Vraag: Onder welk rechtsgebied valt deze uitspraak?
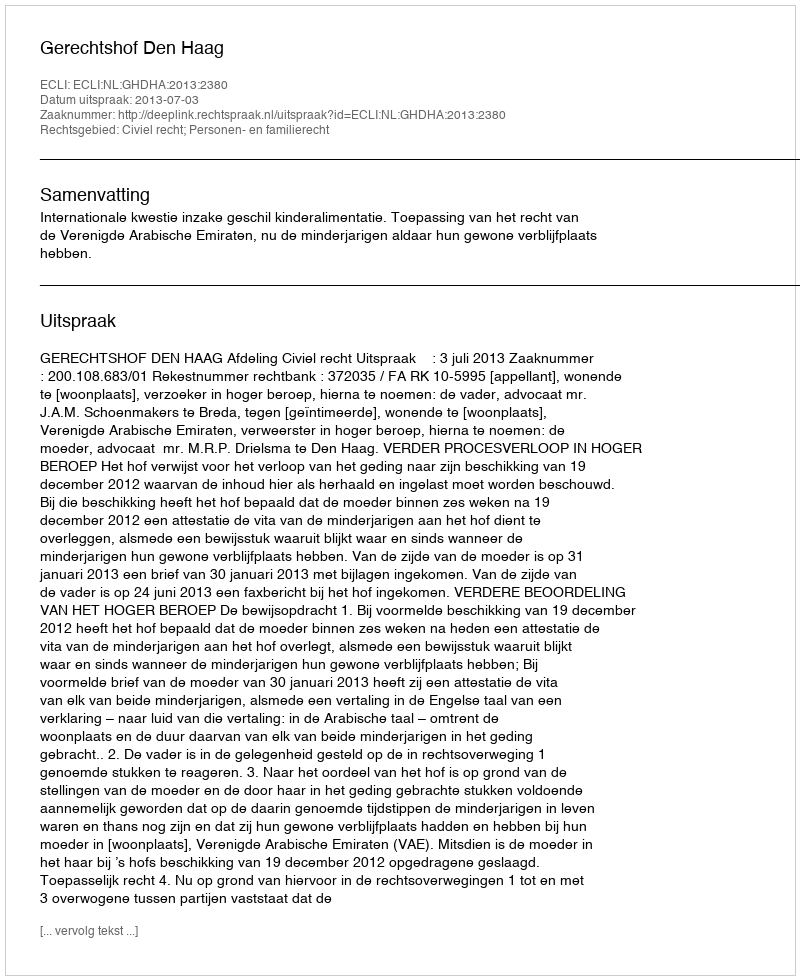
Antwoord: Civiel recht; Personen- en familierecht